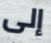
إلى